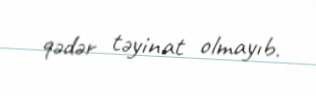
qədər təyinat olmayıb.